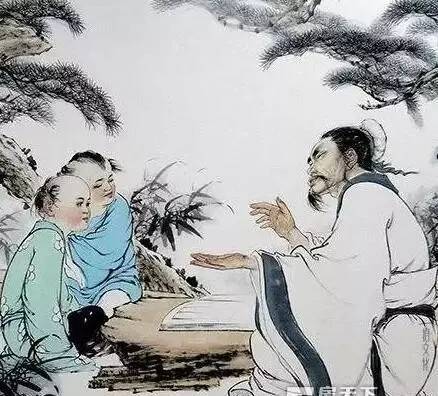
目不能两视而明，耳不能两听而聪。